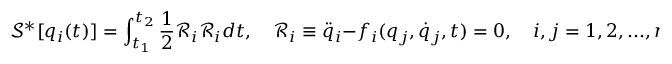
\mathcal { S } ^ { * } [ q _ { i } ( t ) ] = \int _ { t _ { 1 } } ^ { t _ { 2 } } \frac { 1 } { 2 } \mathcal { R } _ { i } \mathcal { R } _ { i } d t , \quad \mathcal { R } _ { i } \equiv \ddot { q } _ { i } - f _ { i } ( q _ { j } , \dot { q } _ { j } , t ) = 0 , \quad i , j = 1 , 2 , . . . , n ,